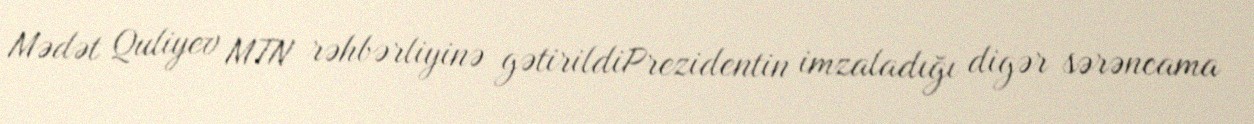
Mədət Quliyev MTN rəhbərliyinə gətirildiPrezidentin imzaladığı digər sərəncama